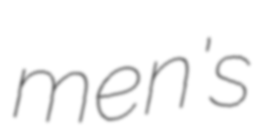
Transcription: men's